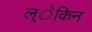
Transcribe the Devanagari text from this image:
ल्ेकिन